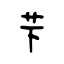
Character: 芐